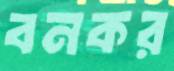
বনকর